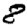
Digit: 8